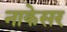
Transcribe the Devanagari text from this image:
नाकेसर